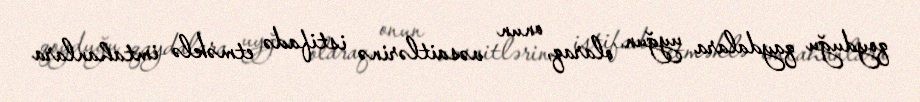
qoyduğu qaydalara uyğun olaraq, onun vəsaitlərinə istifadə etməklə imtahanlara